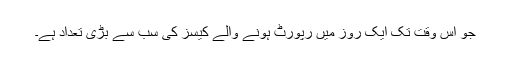
جو اس وقت تک ایک روز میں رپورٹ ہونے والے کیسز کی سب سے بڑی تعداد ہے۔